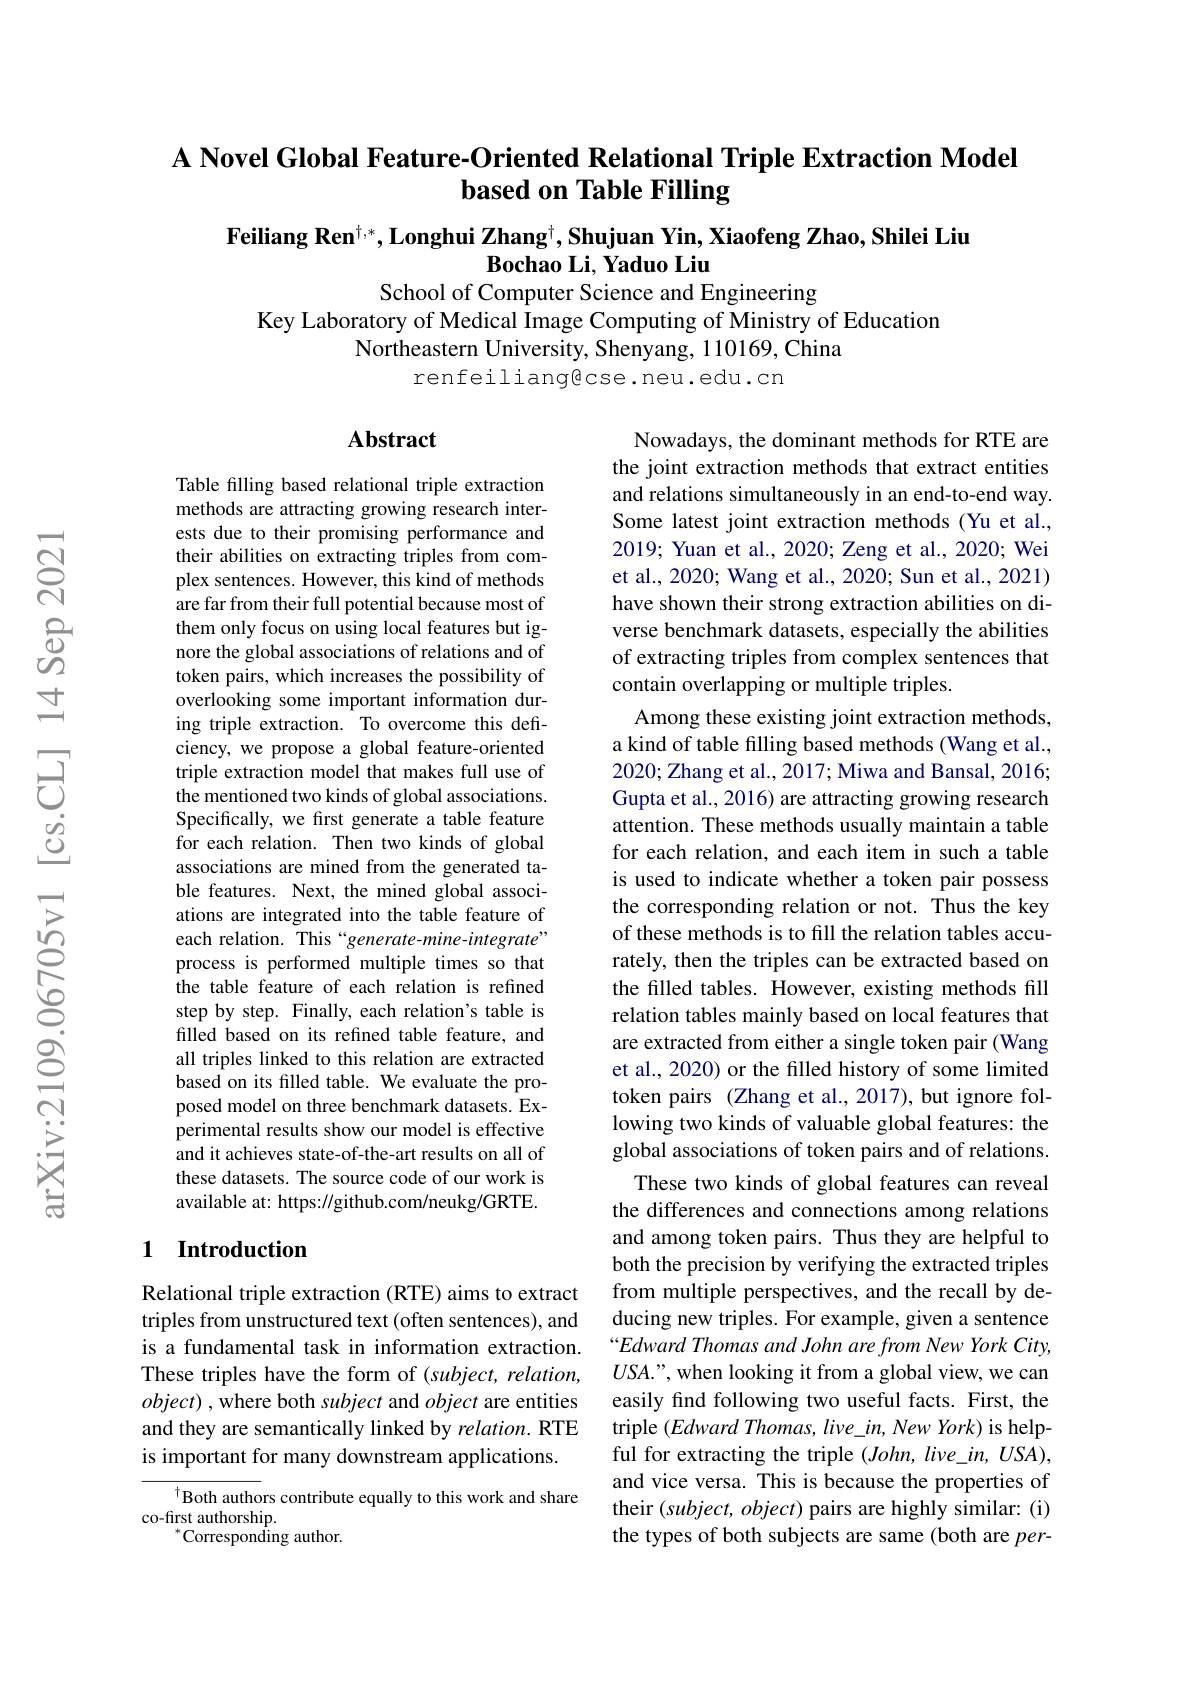
### A Novel Global Feature-Oriented Relational Triple Extraction Model based on Table Filling

Feiliang Ren$^\dagger,*$,Longhui Zhang$^\dagger , \textbf{Shujuan Yin, Xiaofeng Zhao, Shilei Liu}$
### $\textbf{Bochao Li, Yaduo Liu}$
School of Computer Science and Engineering

Key Laboratory of Medical Image Computing of Ministry of Education
Northeastern University, Shenyang, 110169, China
renfeiliangecse.neu.edu.cn

### $\mathbf{Abstract}$

Table filling based relational triple extraction methods are attracting growing research interests due to their promising performance and their abilities on extracting triples from complex sentences. However, this kind of methods are far from their full potential because most of them only focus on using local features but ignore the global associations of relations and of token pairs, which increases the possibility of overlooking some important information during triple extraction. To overcome this deficiency, we propose a global feature-oriented triple extraction model that makes full use of the mentioned two kinds of global associations. Specifically, we first generate a table feature for each relation. Then two kinds of global associations are mined from the generated table features. Next, the mined global associations are integrated into the table feature of each relation. This “generate-mine-integrate” process is performed multiple times so that the table feature of each relation is refined step by step. Finally, each relation's table is filled based on its refined table feature, and all triples linked to this relation are extracted based on its filled table. We evaluate the proposed model on three benchmark datasets. Experimental results show our model is effective and it achieves state-of-the-art results on all of these datasets. The source code of our work is available at: https://github.com/neukg/GRTE.

Nowadays, the dominant methods for RTE are the joint extraction methods that extract entities and relations simultaneously in an end-to-end way. Some latest joint extraction methods (Yu et al., 2019; Yuan et al., 2020; Zeng et al., 2020; Wei et al., 2020; Wang et al., 2020; Sun et al., 2021) have shown their strong extraction abilities on diverse benchmark datasets, especially the abilities of extracting triples from complex sentences that contain overlapping or multiple triples.
Among these existing joint extraction methods, a kind of table filling based methods (Wang et al., 2020; Zhang et al., 2017; Miwa and Bansal, 2016; Gupta et al., 2016) are attracting growing research attention. These methods usually maintain a table for each relation, and each item in such a table is used to indicate whether a token pair possess the corresponding relation or not.Thus the key of these methods is to fill the relation tables accurately, then the triples can be extracted based on the filled tables. However, existing methods fill relation tables mainly based on local features that are extracted from either a single token pair (Wang et al., 2020) or the filled history of some limited token pairs (Zhang et al., 2017), but ignore following two kinds of valuable global features: the global associations of token pairs and of relations.
These two kinds of global features can reveal the differences and connections among relations and among token pairs. Thus they are helpful to both the precision by verifying the extracted triples from multiple perspectives, and the recall by deducing new triples. For example, given a sentence “Edward Thomas and John are from New York City, $USA.”$, when looking it from a global view, we can easily find following two useful facts. First, the triple $(EdwardThomas,live\_in,NewYork)$ is helpful for extracting the triple $(John,live\_in,USA)$, and vice versa. This is because the properties of their $(subject,object)$ pairs are highly similar: (i) the types of both subjects are same (both are per-

### 1 Introduction

Relational triple extraction (RTE) aims to extract triples from unstructured text (often sentences), and is a fundamental task in information extraction. These triples have the form of (subject, relation, $object)$ , where both subject and object are entities and they are semantically linked by relation. RTE is important for many downstream applications.

Both authors contribute equally to this work and share
co-first authorship.
${}^{*}$Corresponding author.